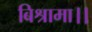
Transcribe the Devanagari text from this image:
बिश्रामा।।